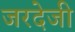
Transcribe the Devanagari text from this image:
जरदेजी